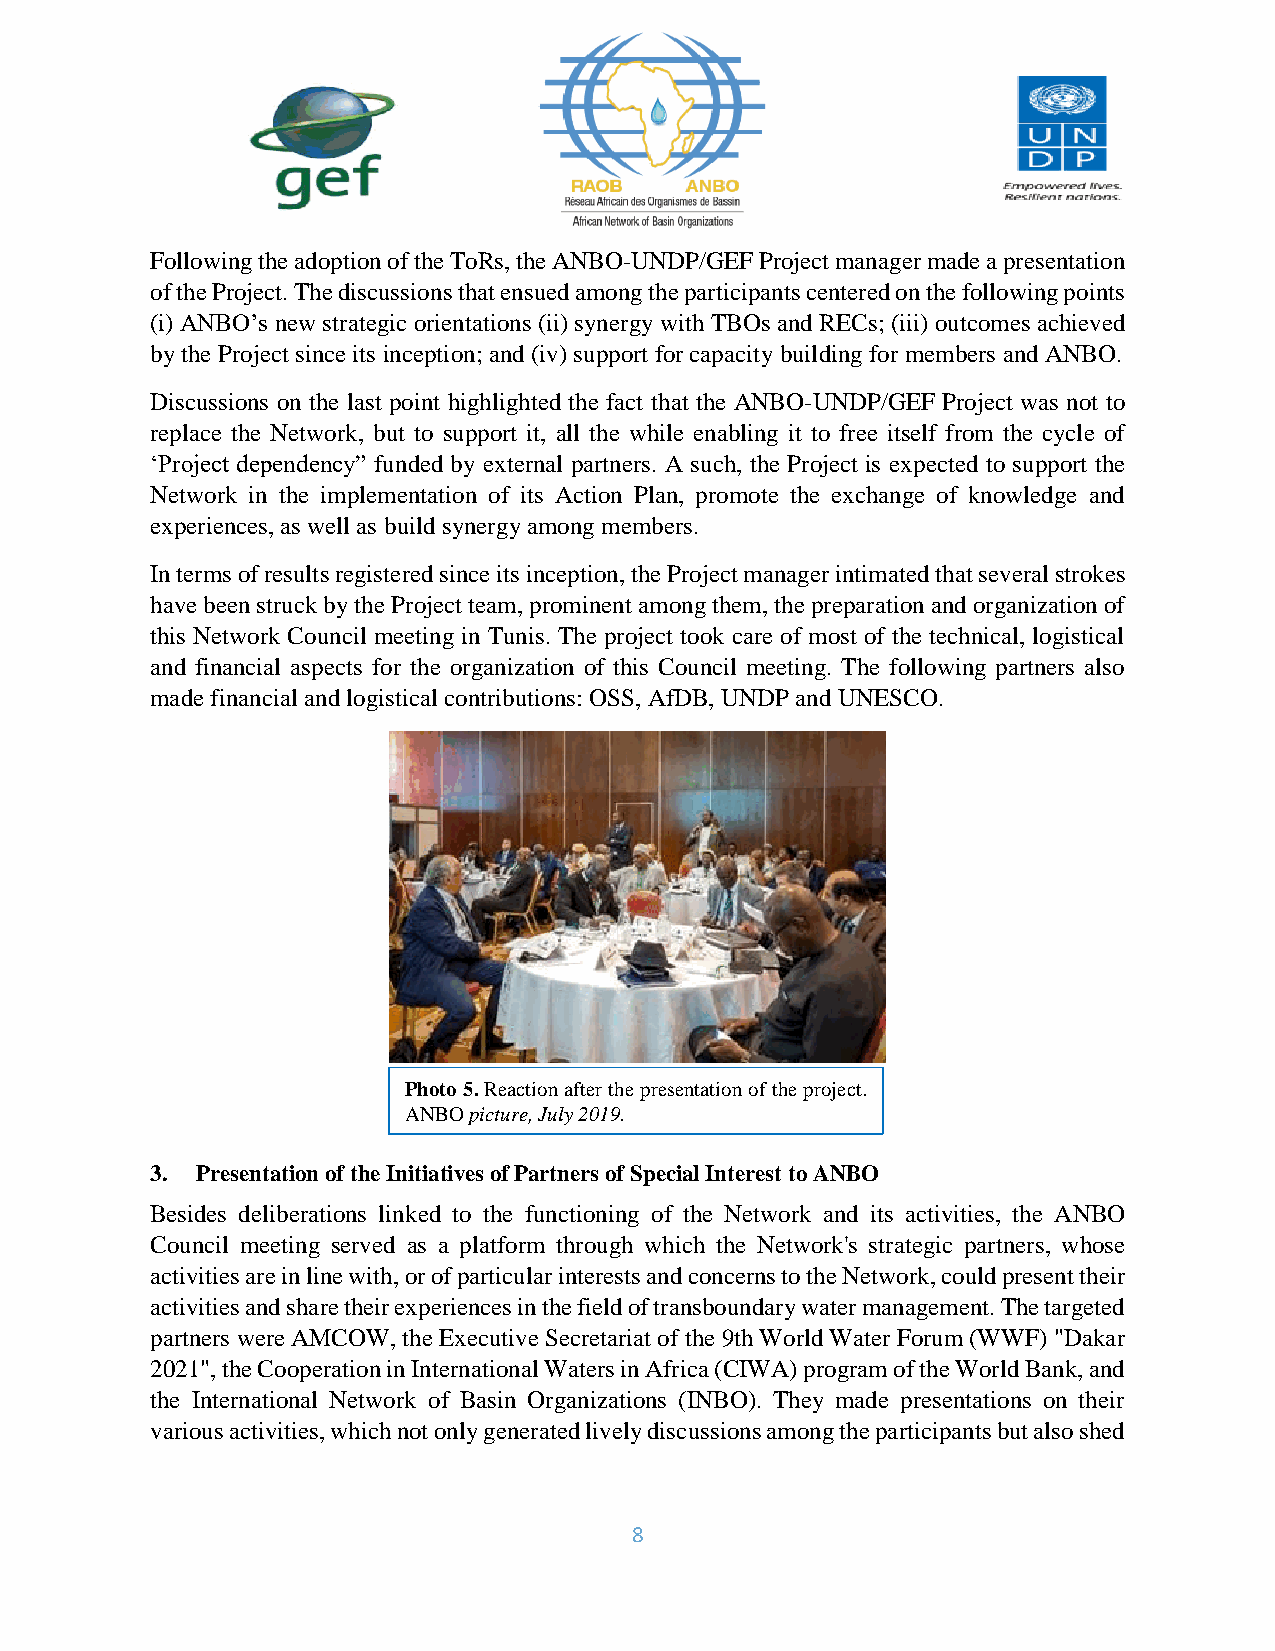
Following the adoption of the ToRs, the ANBO-UNDP/GEF Project manager made a presentation
 of the Project. The discussions that ensued among the participants centered on the following points
 (i) ANBO’s new strategic orientations (ii) synergy with TBOs and RECs; (iii) outcomes achieved
 by the Project since its inception; and (iv) support for capacity building for members and ANBO.
 Discussions on the last point highlighted the fact that the ANBO-UNDP/GEF Project was not to
 replace the Network, but to support it, all the while enabling it to free itself from the cycle of
 ‘Project dependency” funded by external partners. A such, the Project is expected to support the
 Network in the implementation of its Action Plan, promote the exchange of knowledge and
 experiences, as well as build synergy among members.
 In terms of results registered since its inception, the Project manager intimated that several strokes
 have been struck by the Project team, prominent among them, the preparation and organization of
 this Network Council meeting in Tunis. The project took care of most of the technical, logistical
 and financial aspects for the organization of this Council meeting. The following partners also
 made financial and logistical contributions: OSS, AfDB, UNDP and UNESCO.
 Photo 5. Reaction after the presentation of the project.
 ANBO picture, July 2019.
 3. Presentation of the Initiatives of Partners of Special Interest to ANBO
 Besides deliberations linked to the functioning of the Network and its activities, the ANBO
 Council meeting served as a platform through which the Network's strategic partners, whose
 activities are in line with, or of particular interests and concerns to the Network, could present their
 activities and share their experiences in the field of transboundary water management. The targeted
 partners were AMCOW, the Executive Secretariat of the 9th World Water Forum (WWF) "Dakar
 2021", the Cooperation in International Waters in Africa (CIWA) program of the World Bank, and
 the International Network of Basin Organizations (INBO). They made presentations on their
 various activities, which not only generated lively discussions among the participants but also shed
 8